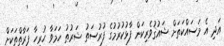
އަދި އެ މަސައްކަތަށް ޝައުޤުވެރިކަން ފާޅުކުރުމުގެ ފުރުސަތު ޝަރުޠު ހަމަވާ ހުރިހާ ފަރާތްތަކަށް